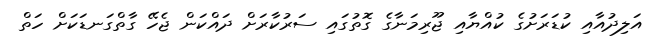
އަލިދުއާއި ކުޑަރަށުގެ ކުއްޔާއި ޖޫރިމަނާގެ ގޮތުގައި ސަރުކާރަށް ދައްކަން ޖެހޭ ގާތްގަނޑަކަށް ހަތް